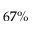
6 7 \%